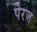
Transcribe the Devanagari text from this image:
पेरज